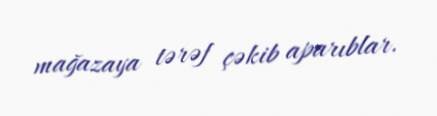
mağazaya tərəf çəkib aparıblar.